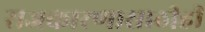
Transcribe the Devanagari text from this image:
राजकारणासाठीही